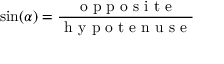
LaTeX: \sin ( \alpha ) = { \frac { \textrm { o p p o s i t e } } { \textrm { h y p o t e n u s e } } }